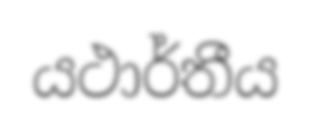
යථාර්තීය